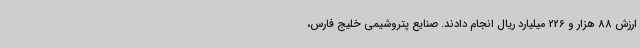
ارزش 88 هزار و 226 میلیارد ریال انجام دادند. صنایع پتروشیمی خلیج فارس،